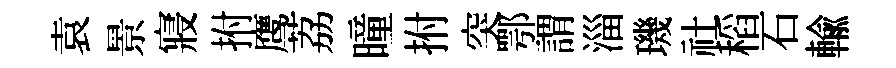
袁景寢拊鹰荔曈拊突鄂謂淄璣社稻石輸